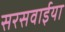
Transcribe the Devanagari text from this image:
सरसवाईया